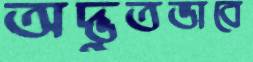
অদ্ভুতভাবে